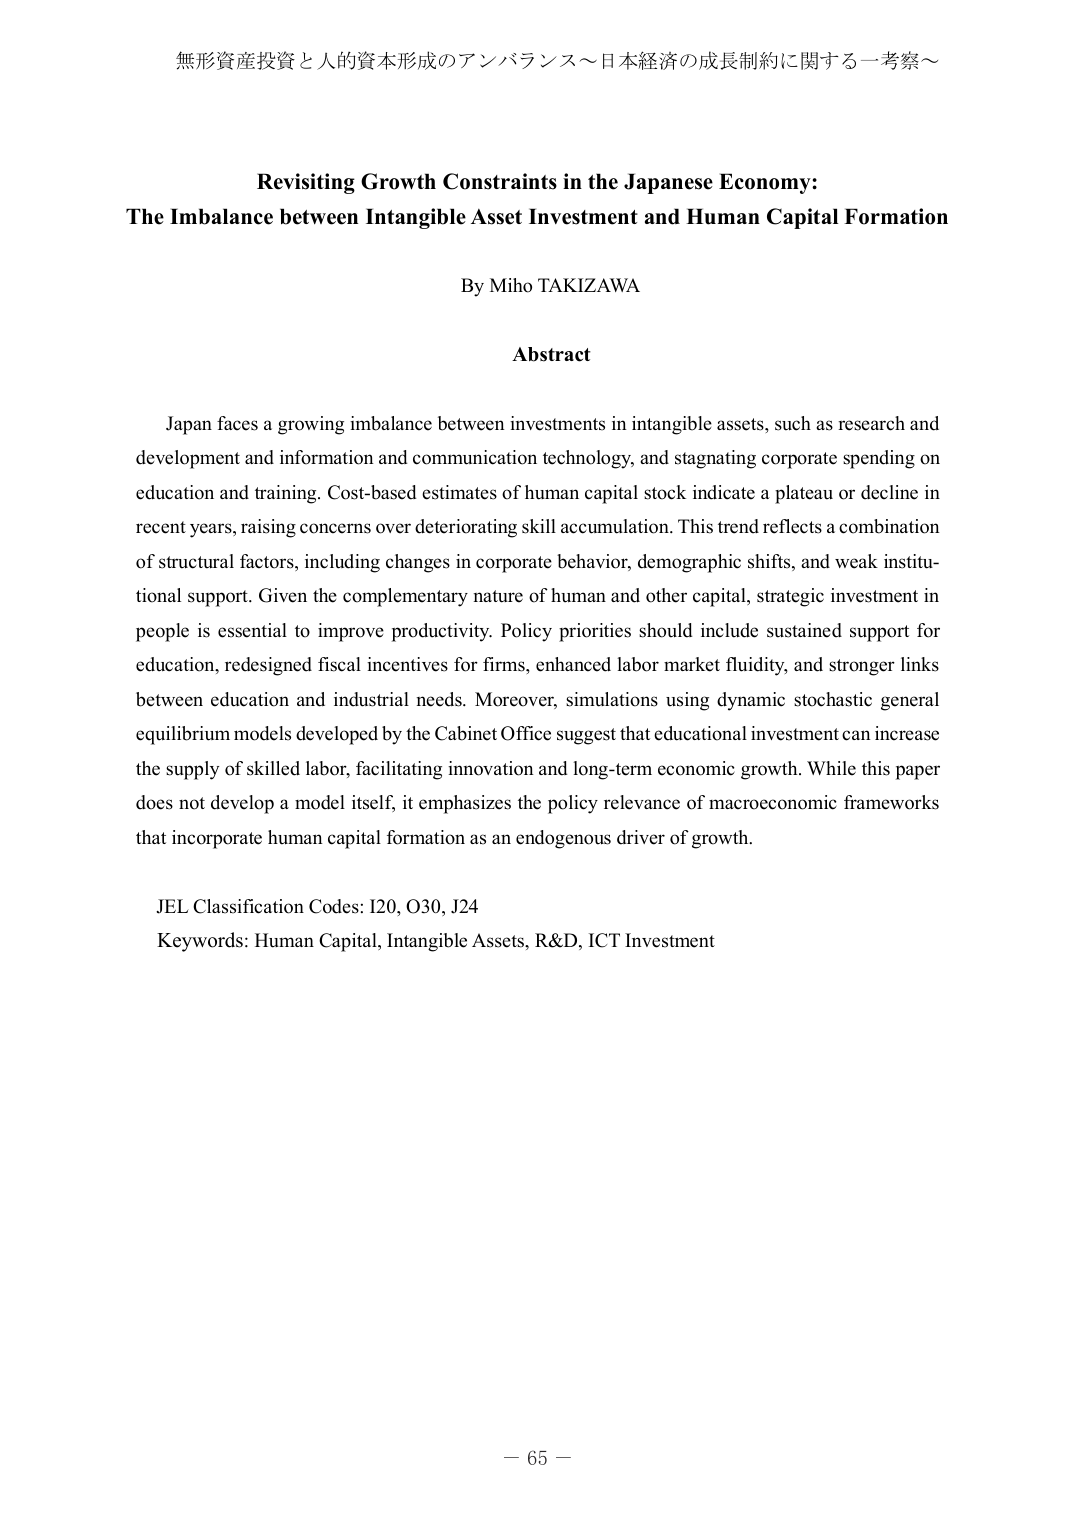
無形資産投資と人的資本形成のアンバランス～日本経済の成長制約に関する一考察～

Revisiting Growth Constraints in the Japanese Economy:
The Imbalance between Intangible Asset Investment and Human Capital Formation

By Miho TAKIZAWA

Abstract

Japan faces a growing imbalance between investments in intangible assets, such as research and development and information and communication technology, and stagnating corporate spending on education and training. Cost-based estimates of human capital stock indicate a plateau or decline in recent years, raising concerns over deteriorating skill accumulation. This trend reflects a combination of structural factors, including changes in corporate behavior, demographic shifts, and weak institutional support. Given the complementary nature of human and other capital, strategic investment in people is essential to improve productivity. Policy priorities should include sustained support for education, redesigned fiscal incentives for firms, enhanced labor market fluidity, and stronger links between education and industrial needs. Moreover, simulations using dynamic stochastic general equilibrium models developed by the Cabinet Office suggest that educational investment can increase the supply of skilled labor, facilitating innovation and long-term economic growth. While this paper does not develop a model itself, it emphasizes the policy relevance of macroeconomic frameworks that incorporate human capital formation as an endogenous driver of growth.

JEL Classification Codes: I20, O30, J24
Keywords: Human Capital, Intangible Assets, R&D, ICT Investment

－ 65 －